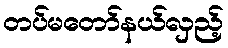
တပ်မတော်နယ်လှည့်